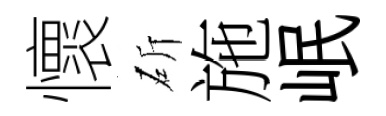
懷斫施岷